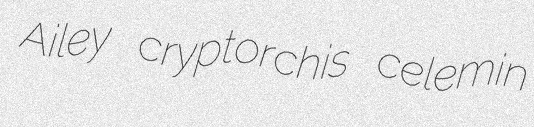
Ailey cryptorchis celemin